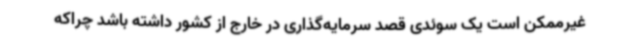
غیرممکن است یک سوئدی قصد سرمایه‌گذاری در خارج از کشور داشته باشد چراکه